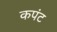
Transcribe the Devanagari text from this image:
कपंट